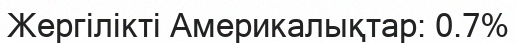
Жергілікті Америкалықтар: 0.7%